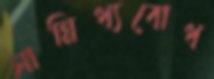
সান্নিধ্যবোধ